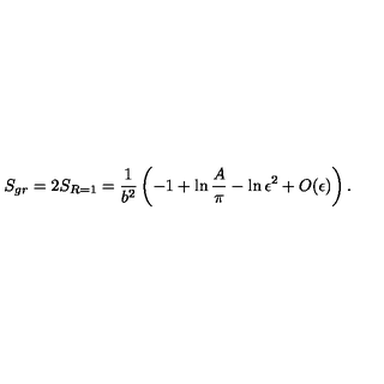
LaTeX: S _ { g r } = 2 S _ { R = 1 } = { \frac { 1 } { b ^ { 2 } } } \left( - 1 + \ln { { \frac { A } { \pi } } } - \ln \epsilon ^ { 2 } + O ( \epsilon ) \right) .